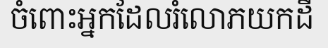
ចំពោះអ្នកដែលរំលោភយកដី